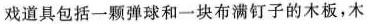
戏道具包括一颗弹球和一块布满钉子的木板，木